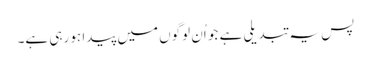
پس یہ تبدیلی ہے جو اُن لوگوں میں پیدا ہو رہی ہے۔